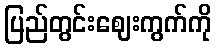
ပြည်တွင်းဈေးကွက်ကို